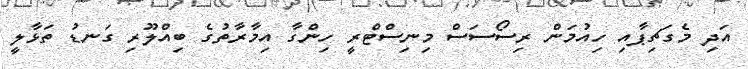
އަދި މެގަޗިޕާއި ހިއުމަން ރިސޯސަސް މިނިސްޓްރީ ހިންގާ އިމާރާތުގެ ބިއްލޫރި ގަނޑު ތަޅާލީ